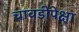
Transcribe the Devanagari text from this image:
चावडीपेक्षा